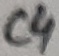
Text: C4